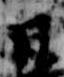
日